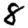
Digit: 8